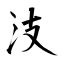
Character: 汥